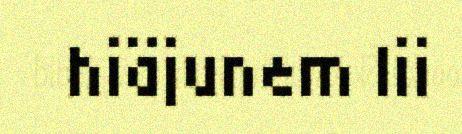
hiäjunem lii